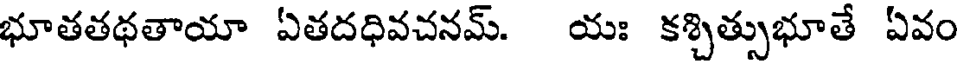
భూతతథతాయా ఏతదధివచనమ్. యః కశ్చిత్సుభూతే ఏవం